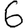
Digit: 6